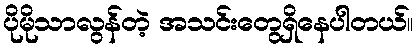
ပိုမိုသာလွန်တဲ့ အသင်းတွေရှိနေပါတယ်။